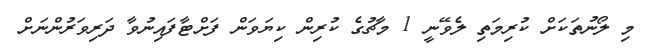
މި ލޯނުތަކަށް ކުރިމަތި ލެވޭނީ 1 މާޗުގެ ކުރިން ކިޔަވަން ފަށްޓާފައިނުވާ ދަރިވަރުންނަށް